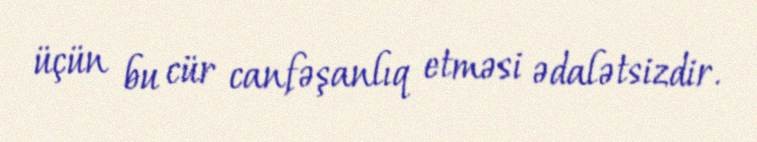
üçün bu cür canfəşanlıq etməsi ədalətsizdir.